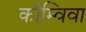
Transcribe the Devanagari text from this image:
कौम्विवा